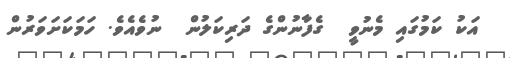
އަކު ކަމުގައި މެނުވީ  ގެފާނުންގެ ދަރިކަލުން  ނުވެއެވެ. ހަމަކަށަވަރުން